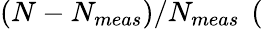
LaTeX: (N-N_{meas})/N_{meas}~\, (\